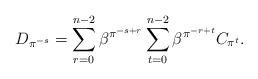
LaTeX: \begin{align*}D_{\pi^{-s}} = \sum_{r=0}^{n-2} \beta^{\pi^{-s+r}} \sum_{t=0}^{n-2} \beta^{\pi^{-r+t}} C_{\pi^t}.\end{align*}